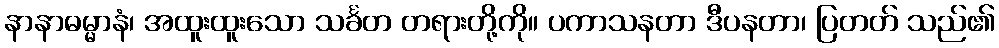
နာနာဓမ္မာနံ၊ အထူးထူးသော သင်္ခတ တရားတို့ကို။ ပကာသနတာ ဒီပနတာ၊ ပြတတ် သည်၏